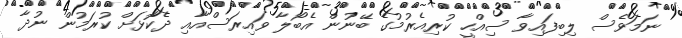
ނަމަވެސް ލިބިފައިވާ ސިއްހީ ކުރިއެރުމުގެ ބޭނުން އެބޯލާ ވައިރަސްއާއި ދެކޮޅަށް ކުރަމުން ނުދާ